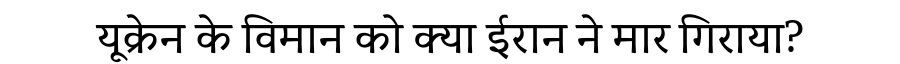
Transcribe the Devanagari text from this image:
यूक्रेन के विमान को क्या ईरान ने मार गिराया?